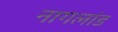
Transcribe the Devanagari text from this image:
नागलांड